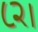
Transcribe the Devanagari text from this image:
८२।